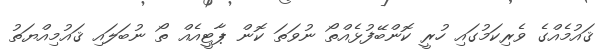
ޤައުމެއްގެ ވެރިކަމުގައި ހުރީ ކޮންބޭފުޅެއްތޯ ނުވަތަ ކޮން ޕާޓީއެއް ތޯ ނުބަލައި ޤައުމިއްޔަތު